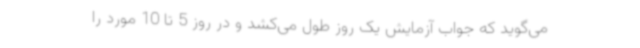
می‌گوید که جواب آزمایش یک روز طول می‌کشد و در روز 5 تا 10 مورد را